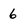
Character: 6